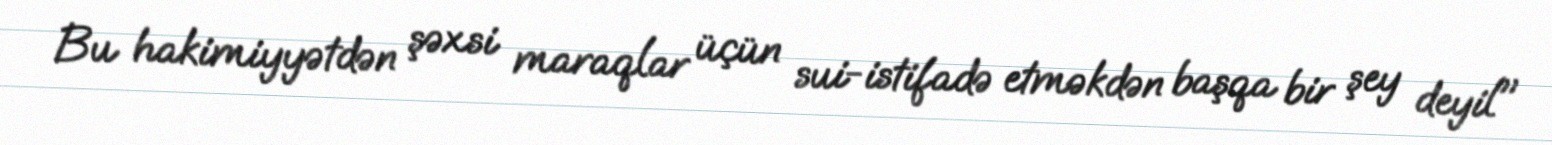
Bu hakimiyyətdən şəxsi maraqlar üçün sui-istifadə etməkdən başqa bir şey deyil"